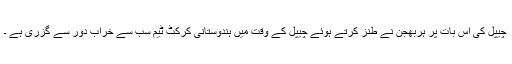
چیپل کی اس بات پر ہربھجن نے طنز کرتے ہوئے چیپل کے وقت میں ہندوستانی کرکٹ ٹیم سب سے خراب دور سے گزری ہے ۔